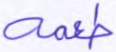
طعمه